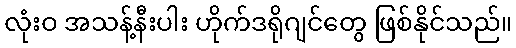
လုံးဝ အသန့်နီးပါး ဟိုက်ဒရိုဂျင်တွေ ဖြစ်နိုင်သည်။